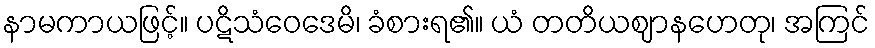
နာမကာယဖြင့်။ ပဋိသံဝေဒေမိ၊ ခံစားရ၏။ ယံ တတိယဈာနဟေတု၊ အကြင်